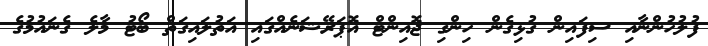
ފުލުހުންނާއި ސިފައިން ގުޅިގެން ހިންގި ޖޮއިންޓް އޮޕަރޭޝަނެއްގައި އަތުލައިގަތް ބޯޓު މާލެ ގެނައުމުގެ